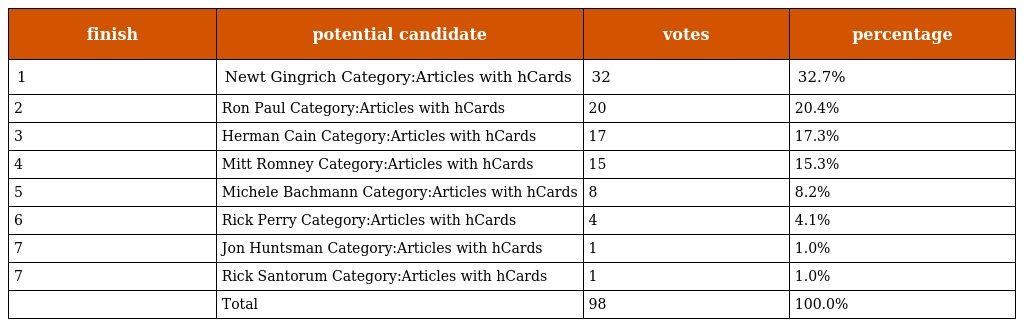
| finish | potential candidate | votes | percentage |
 | --- | --- | --- | --- |
 | 1 | Newt Gingrich Category:Articles with hCards | 32 | 32.7% |
 | 2 | Ron Paul Category:Articles with hCards | 20 | 20.4% |
 | 3 | Herman Cain Category:Articles with hCards | 17 | 17.3% |
 | 4 | Mitt Romney Category:Articles with hCards | 15 | 15.3% |
 | 5 | Michele Bachmann Category:Articles with hCards | 8 | 8.2% |
 | 6 | Rick Perry Category:Articles with hCards | 4 | 4.1% |
 | 7 | Jon Huntsman Category:Articles with hCards | 1 | 1.0% |
 | 7 | Rick Santorum Category:Articles with hCards | 1 | 1.0% |
 |  | Total | 98 | 100.0% |